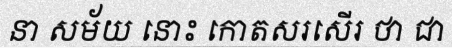
នា សម័យ នោះ កោតសរសើរ ថា ជា